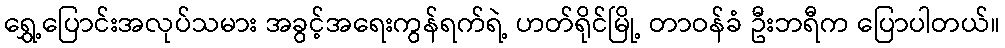
ရွှေ့ပြောင်းအလုပ်သမား အခွင့်အရေးကွန်ရက်ရဲ့ ဟတ်ရိုင်မြို့ တာဝန်ခံ ဦးဘရီက ပြောပါတယ်။